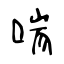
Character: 喘